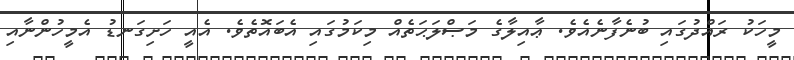
މީހަކު ރައްދުގައި ބުނެފާނެއެވެ. ޢާއިލާގެ މަޞްލަޙަތެއް މިކަމުގައި އެބައޮތެވެ. އެއީ ހަށިގަނޑު އެމީހުންނާއި